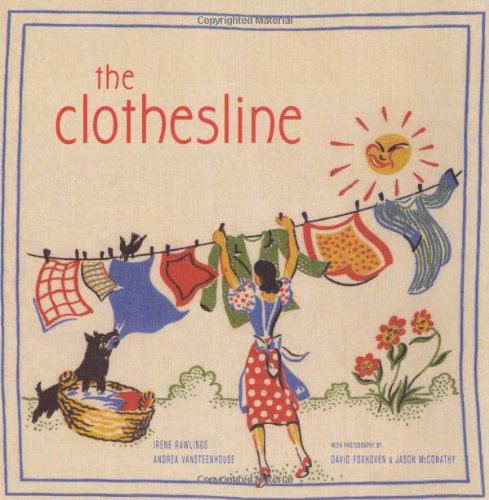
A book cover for The Clothesline; Andrea VanSteenhouse; Crafts, Hobbies & Home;